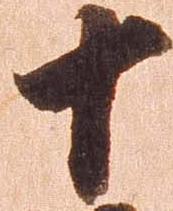
十